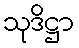
သုဒိဋ္ဌာ